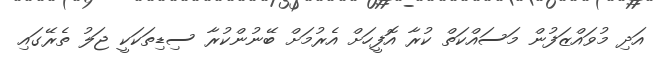
އަދި މުވައްޒަފުން މަސައްކަތް ކުރާ އޮފީހަށް އެރުމަށް ބޭނުންކުރާ ސިޑިތަކަކީ ޖަލު ތެރޭގައި